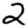
Digit: 2